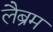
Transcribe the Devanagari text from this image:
लैब्रम